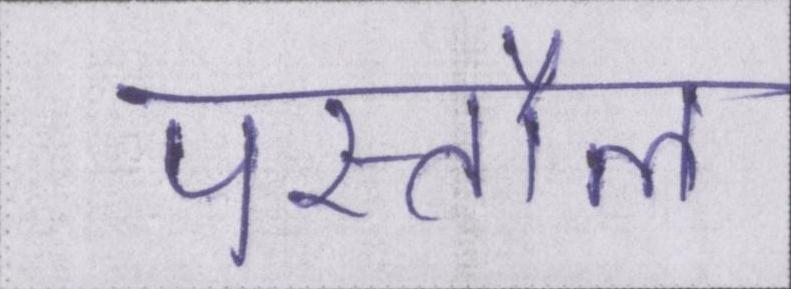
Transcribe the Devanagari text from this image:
पस्तौल